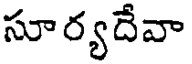
సూర్యదేవా